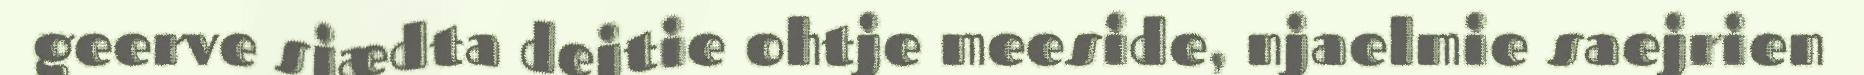
geerve sjædta dejtie ohtje meeside, njaelmie saejrien